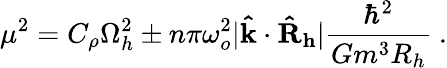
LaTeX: \mu^{2}=C_{\rho}\Omega_{h}^{2}\pm n\pi\omega_{o}^{2}\vert\mathbf{\hat{k}}\cdot\mathbf{\hat{R}_{h}}\vert\frac{\hbar^{2}}{Gm^{3}R_{h}}\ .